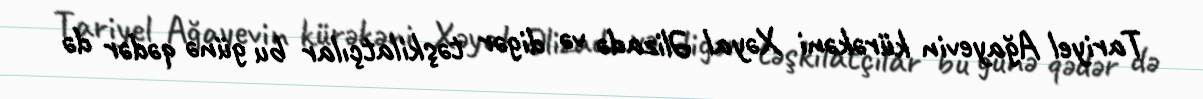
Tariyel Ağayevin kürəkəni Xəyal Əlizadə və digər təşkilatçılar bu günə qədər də